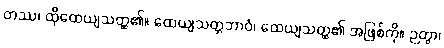
တဿ၊ ထိုထေယျသတ္ထ၏။ ထေယျသတ္တဘာဝံ၊ ထေယျသတ္ထ၏ အဖြစ်ကို။ ဉတွာ၊